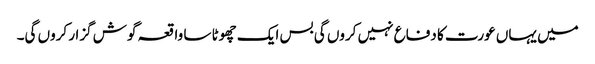
میں یہاں عورت کا دفاع نہیں کروں گی بس ایک چھوٹا سا واقعہ گوش گزار کروں گی۔